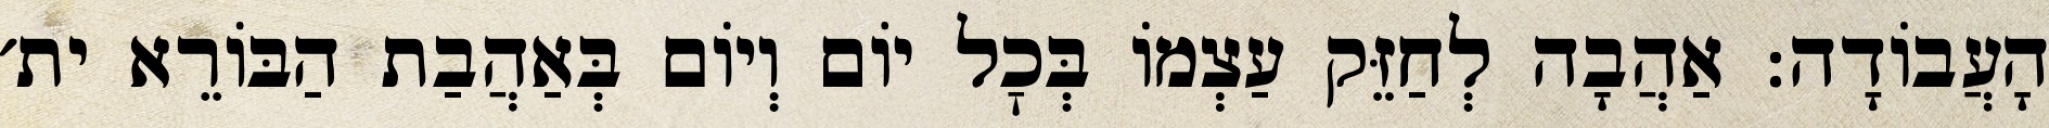
הָעֲבוֹדָה: אַהֲבָה לְחַזֵּק עַצְמוֹ בְּכׇל יוֹם וְיוֹם בְּאַהֲבַת הַבּוֹרֵא ית׳